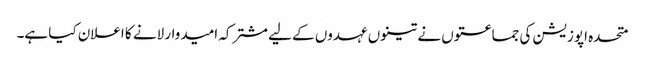
متحدہ اپوزیشن کی جماعتوں نے تینوں عہدوں کے لیے مشترکہ امیدوار لانے کا اعلان کیا ہے۔